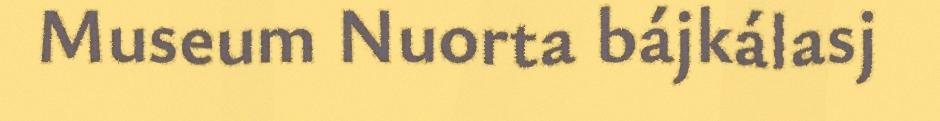
Museum Nuorta bájkálasj